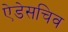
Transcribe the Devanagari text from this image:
ऐडेसचिव